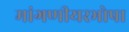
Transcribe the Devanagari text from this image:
मांगणीयरभोपा